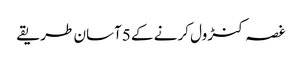
غصہ کنڑول کرنے کے 5آسان طریقے